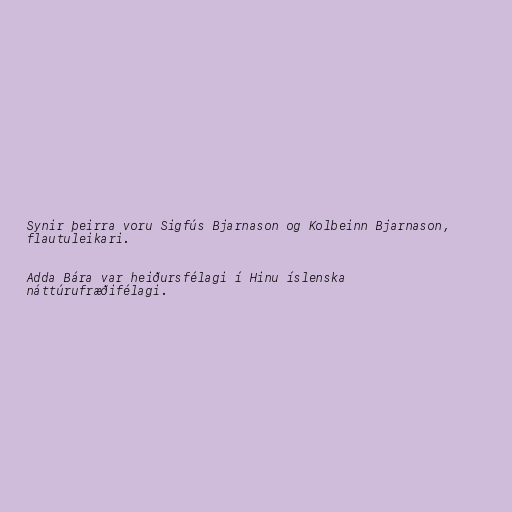
Synir þeirra voru Sigfús Bjarnason og Kolbeinn Bjarnason,
flautuleikari.

Adda Bára var heiðursfélagi í Hinu íslenska
náttúrufræðifélagi.